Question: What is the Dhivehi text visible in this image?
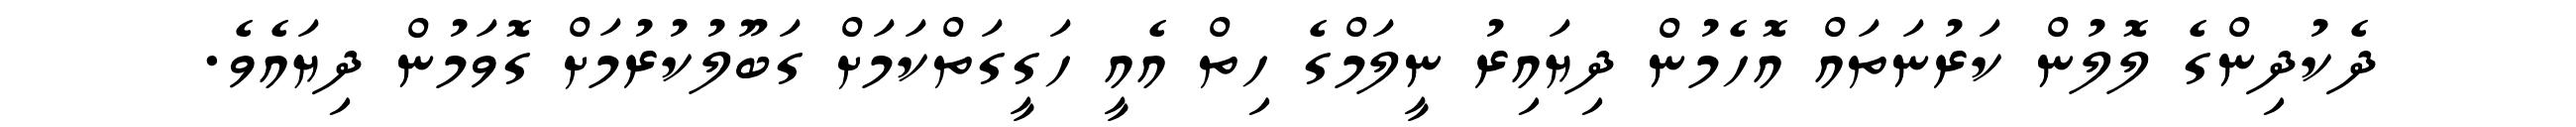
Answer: ދެކުދިންގެ ލޮލުން ކަރުނަތައް އޮހެމުން ދިޔައިރު ނީލަމްގެ ހިތް އެއީ ހަގީގަތްކަމަށް ގަބޫލުކުރުމަށް ގޮވަމުން ދިޔައެވެ.